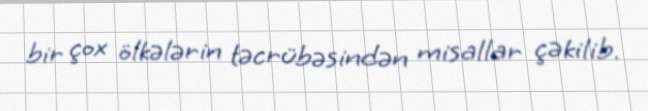
bir çox ölkələrin təcrübəsindən misallar çəkilib.